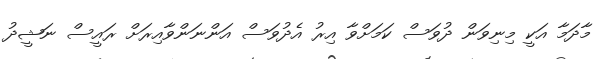
މާދަމާ އަކީ މިނިވަން ދުވަސް ކަމަށްވާ އިރު އެދުވަސް އަންނަންވާއިރަށް ރައީސް ނަޝީދު